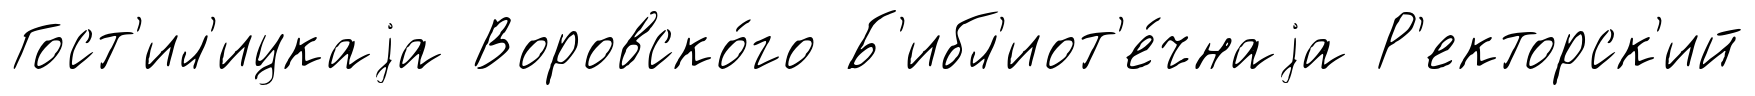
Гост'ил'ицкаjа Воровско́го Б'ибл'иот'е́чнаjа Р'екторск'ий